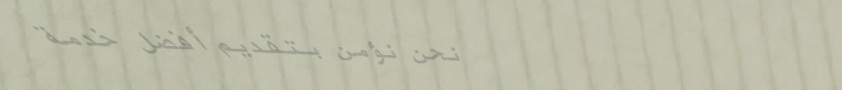
نحن نؤمن بتقديم أفضل خدمة